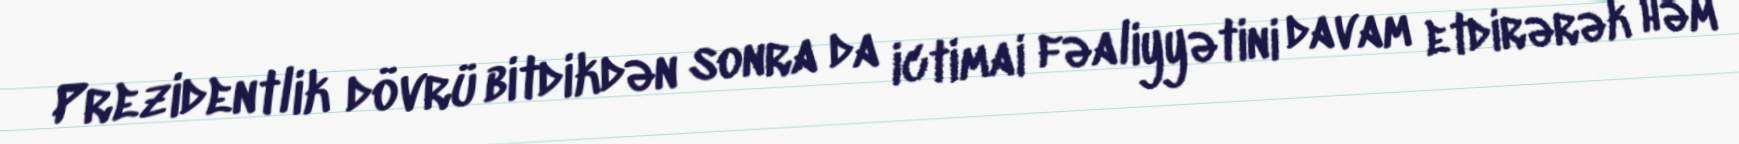
Prezidentlik dövrü bitdikdən sonra da ictimai fəaliyyətini davam etdirərək həm